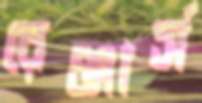
রেঞ্জার্স